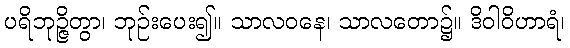
ပရိဘုဉ္ဇိတွာ၊ ဘုဉ်းပေး၍။ သာလဝနေ၊ သာလတော၌။ ဒိဝါဝိဟာရံ၊